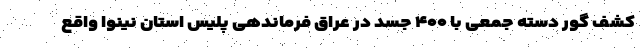
کشف گور دسته ‌جمعی با ۴۰۰ جسد در عراق فرماندهی پلیس استان نینوا واقع